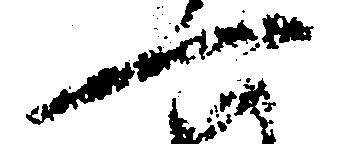
一